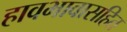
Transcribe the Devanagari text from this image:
हावभावासहित